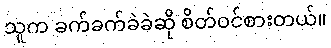
သူက ခက်ခက်ခဲခဲဆို စိတ်ဝင်စားတယ်။